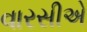
વારસીએ